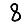
Digit: 8